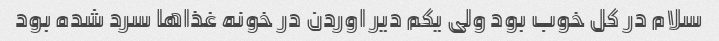
سلام در کل خوب بود ولی یکم دیر اوردن در خونه غذا‌ها سرد شده بود